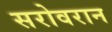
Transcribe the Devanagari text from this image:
सरोवरान